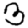
Digit: 3